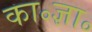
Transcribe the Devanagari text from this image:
का॰ज्ञा॰